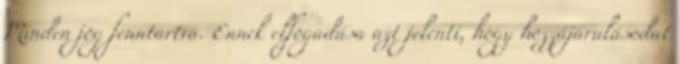
Minden jog fenntartva. Ennek elfogadása azt jelenti, hogy hozzájárulásodat